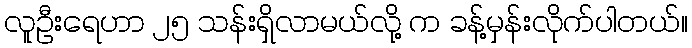
လူဦးရေဟာ ၂၅ သန်းရှိလာမယ်လို့ က ခန့်မှန်းလိုက်ပါတယ်။